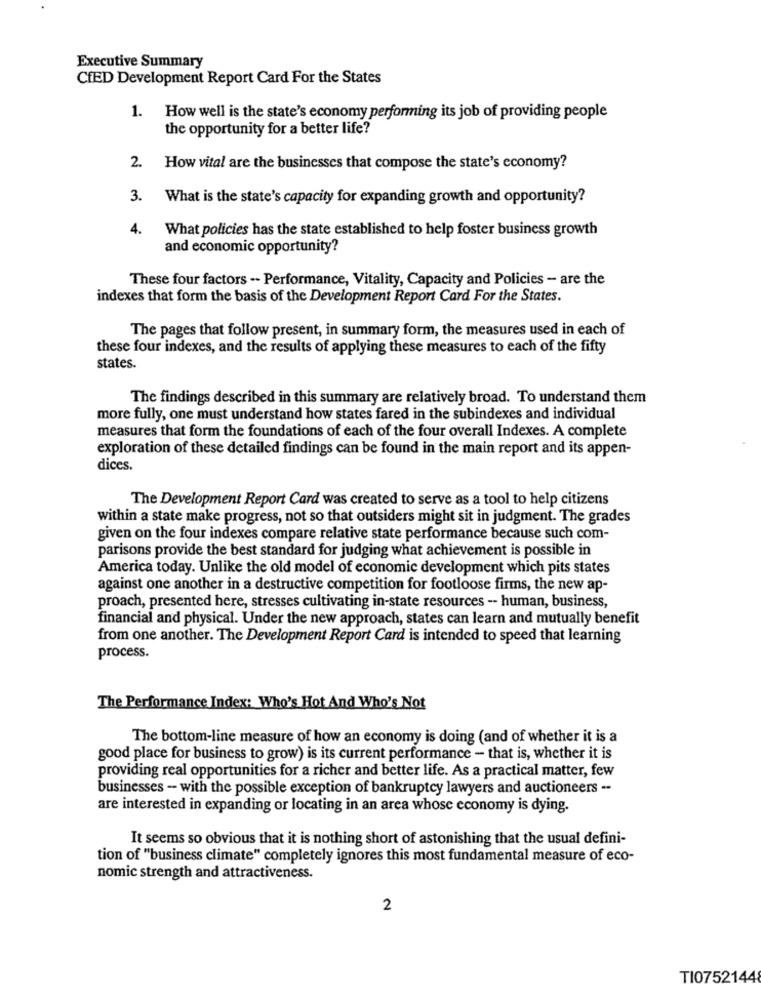
Executive Summary
CfED Development Report Card For the States
1.
How well is the state's economy performing its job of providing people
the opportunity for a better life?
2. How vital are the businesses that compose the state's economy?
3. What is the state's capacity for expanding growth and opportunity?
4.
What policies has the state established to help foster business growth
and economic opportunity?
These four factors -- Performance, Vitality, Capacity and Policies - are the
indexes that form the basis of the Development Report Card For the States.
The pages that follow present, in summary form, the measures used in each of
these four indexes, and the results of applying these measures to each of the fifty
states.
The findings described in this summary are relatively broad. To understand them
more fully, one must understand how states fared in the subindexes and individual
measures that form the foundations of each of the four overall Indexes. A complete
exploration of these detailed findings can be found in the main report and its appen-
dices.
The Development Report Card was created to serve as a tool to help citizens
within a state make progress, not so that outsiders might sit in judgment. The grades
given on the four indexes compare relative state performance because such com-
parisons provide the best standard for judging what achievement is possible in
America today. Unlike the old model of economic development which pits states
against one another in a destructive competition for footloose firms, the new ap-
proach, presented here, stresses cultivating in-state resources -- human, business,
financial and physical. Under the new approach, states can learn and mutually benefit
from one another. The Development Report Card is intended to speed that learning
process.
The Performance Index: Who's Hot And Who's Not
The bottom-line measure of how an economy is doing (and of whether it is a
good place for business to grow) is its current performance - that is, whether it is
providing real opportunities for a richer and better life. As a practical matter, few
businesses - with the possible exception of bankruptcy lawyers and auctioneers -.
are interested in expanding or locating in an area whose economy is dying.
It seems so obvious that it is nothing short of astonishing that the usual defini-
tion of "business climate" completely ignores this most fundamental measure of eco-
nomic strength and attractiveness.
2
TI0752144